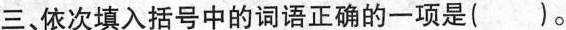
三、依次填入括号中的词语正确的一项是()。